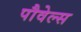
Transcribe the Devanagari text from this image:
पौवेल्स